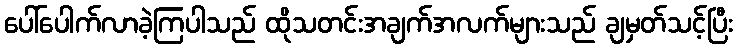
ပေါ်ပေါက်လာခဲ့ကြပါသည် ထိုသတင်းအချက်အလက်များသည် ချမှတ်သင့်ပြီး